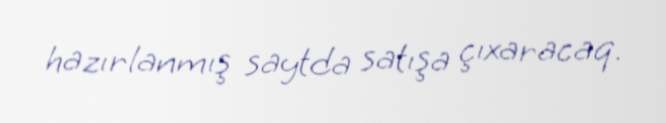
hazırlanmış saytda satışa çıxaracaq.